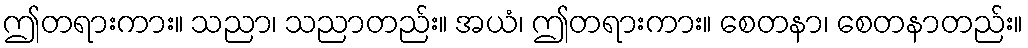
ဤတရားကား။ သညာ၊ သညာတည်း။ အယံ၊ ဤတရားကား။ စေတနာ၊ စေတနာတည်း။